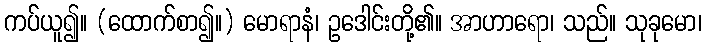
ကပ်ယူ၍။ (ထောက်စာ၍။) မောရာနံ၊ ဥဒေါင်းတို့၏။ အာဟာရော၊ သည်။ သုခုမော၊